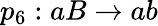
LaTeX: p_{6}:aB\rightarrow ab